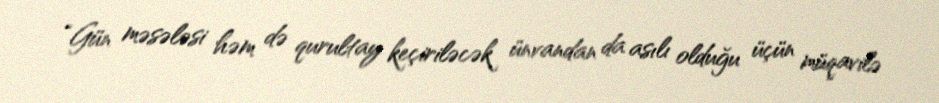
“Gün məsələsi həm də qurultay keçiriləcək ünvandan da asılı olduğu üçün müqavilə